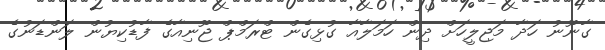
ގާނޫނު ހަދާ މަޖިލީހަށް ދިން ހަމަލާއާ ގުޅިގެން ޓްރަމްޕް ޖޫނިއާގެ ފާޑުކިޔުން ލަންޑަނުގެ